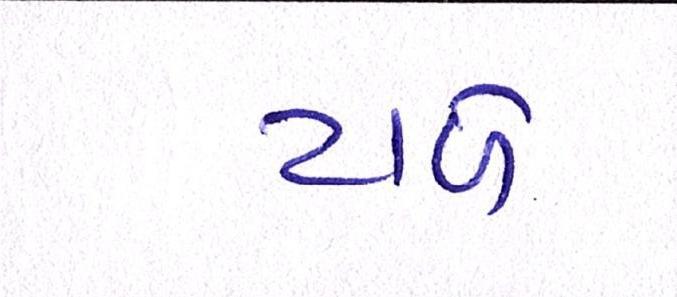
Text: ટાળે